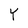
Character: Y